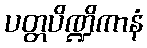
ပတ္တပိဏ္ဍိကာနံ